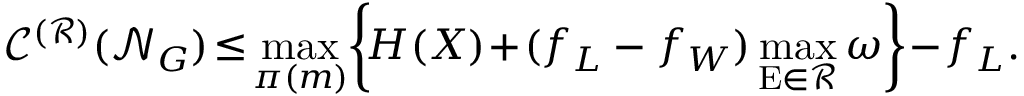
\! \! \mathscr { C } ^ { ( \mathcal { R } ) } ( \mathcal { N } _ { G } ) \! \leq \! \operatorname* { m a x } _ { \pi ( m ) } \! \left\{ \! H ( X ) \! + \! ( f _ { L } - f _ { W } ) \operatorname* { m a x } _ { \mathrm { E } \in \mathcal { R } } \omega \right\} \! - \! f _ { L } .